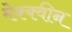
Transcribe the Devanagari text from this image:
मेक्क्वीन